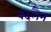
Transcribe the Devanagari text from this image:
बदलैन